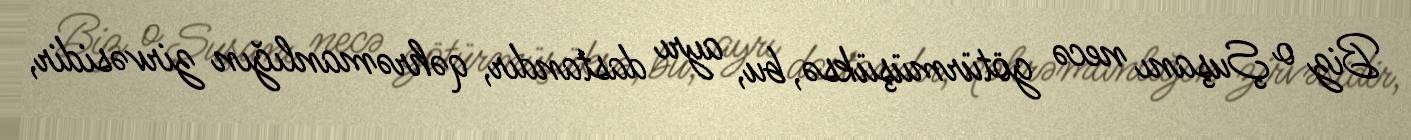
Biz o Şuşanı necə götürmüşüksə, bu, ayrı dastandır, qəhrəmanlığın zirvəsidir,